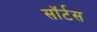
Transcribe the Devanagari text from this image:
सॉर्टस